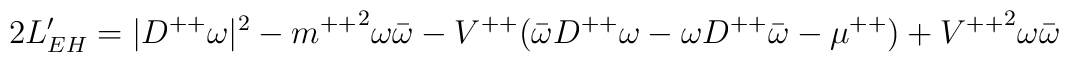
2L'_{EH}=|{D^{++}\omega}|^2-{m^{++}}^2\omega\bar{\omega}-V^{++}(\bar{\omega}D^{++}\omega - \omega D^{++}\bar{\omega}- \mu^{++})+{V^{++}}^2\omega \bar{\omega}